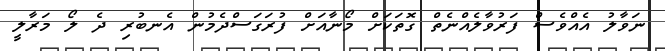
ނަވާލު އެއްވެސް ފަރުވާލެއްނެތް ގޮތަކަށް މޯނާއަށް ފުރަގަސްދެމުން އެނބުރި ދެ ލޯ މަރާލީ